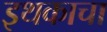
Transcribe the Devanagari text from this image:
इथकाचा